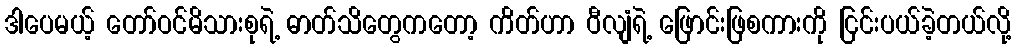
ဒါပေမယ့် တော်ဝင်မိသားစုရဲ့ ဓာတ်သိတွေကတော့ ကိတ်ဟာ ဝီလျံရဲ့ ဖြောင်းဖြစကားကို ငြင်းပယ်ခဲ့တယ်လို့